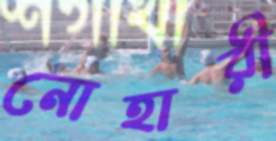
নোহারী